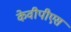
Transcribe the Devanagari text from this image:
केवीपीएस